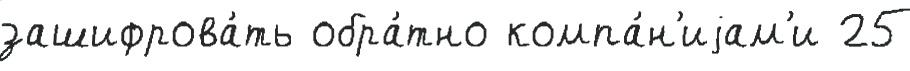
зашифрова́ть обра́тно компа́н'иjам'и 25